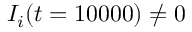
I _ { i } ( t = 1 0 0 0 0 ) \neq 0